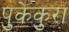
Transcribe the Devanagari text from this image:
पुकेकुरा